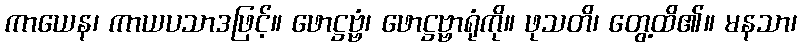
ကာယေန၊ ကာယပသာဒဖြင့်။ ဖောဋ္ဌဗ္ဗံ၊ ဖောဋ္ဌဗ္ဗာရုံကို။ ဖုသတိ၊ တွေ့ထိ၏။ မနသာ၊